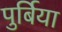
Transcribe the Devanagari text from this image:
पुर्बिया